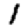
Digit: 1